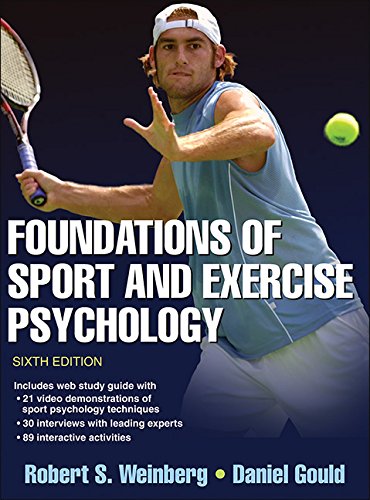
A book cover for Foundations of Sport and Exercise Psychology 6th Edition With Web Study Guide; Robert Weinberg; Politics & Social Sciences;